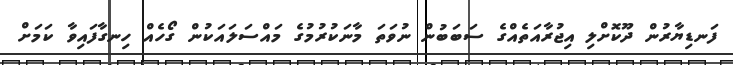
ފަނޑިޔާރުން ދޫކޮށްލި އިޖުރާއަތެއްގެ ސަބަބުން ނުވަތަ މާނަކުރުމުގެ މައްސަލައަކުން ގޯހެއް ހިނގާފައިވާ ކަމަށް